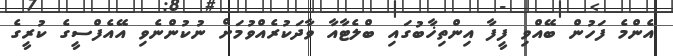
އެންމެ ފަހުން ބޭއްވި ފީފާ އިންތިޚާބުގައި ބްލެޓާއާ ވާދަކުރެއްވުމަށް ނުކުންނެވި އޭއެފްސީގެ ކުރީގެ